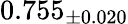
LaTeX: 0.755_{\pm 0.020}